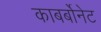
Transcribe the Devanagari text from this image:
काबर्बोनेट